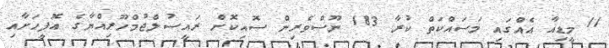
11 މީޑިއާ އެއްގައި މަސައްކަތް ކުރާ 183 ނޫސްވެރިން ސޮއިކޮށް ރައީސުލްޖުމްހޫރިއްޔާގެ އޮފީހަށާއި